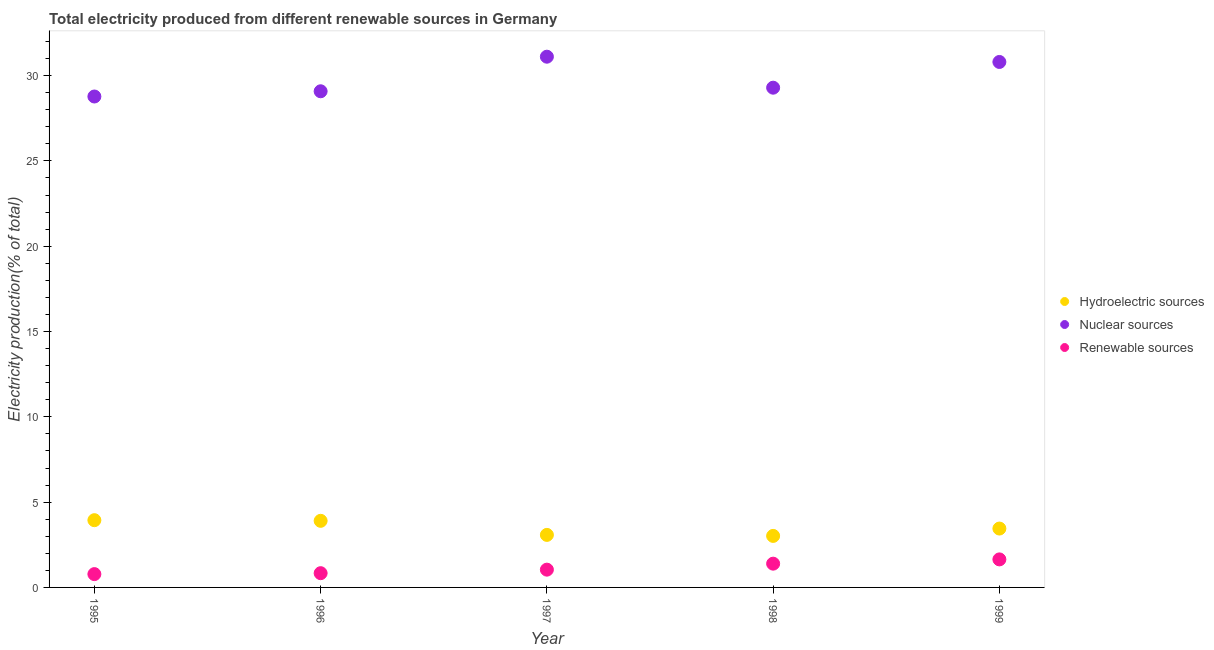
| Year | Hydroelectric sources | Nuclear sources | Renewable sources |
 | --- | --- | --- | --- |
 | 1995 | 3.94 | 28.8 | 0.78 |
 | 1996 | 3.9 | 29.1 | 0.835 |
 | 1997 | 3.08 | 31.1 | 1.04 |
 | 1998 | 3.02 | 29.3 | 1.39 |
 | 1999 | 3.45 | 30.8 | 1.64 |